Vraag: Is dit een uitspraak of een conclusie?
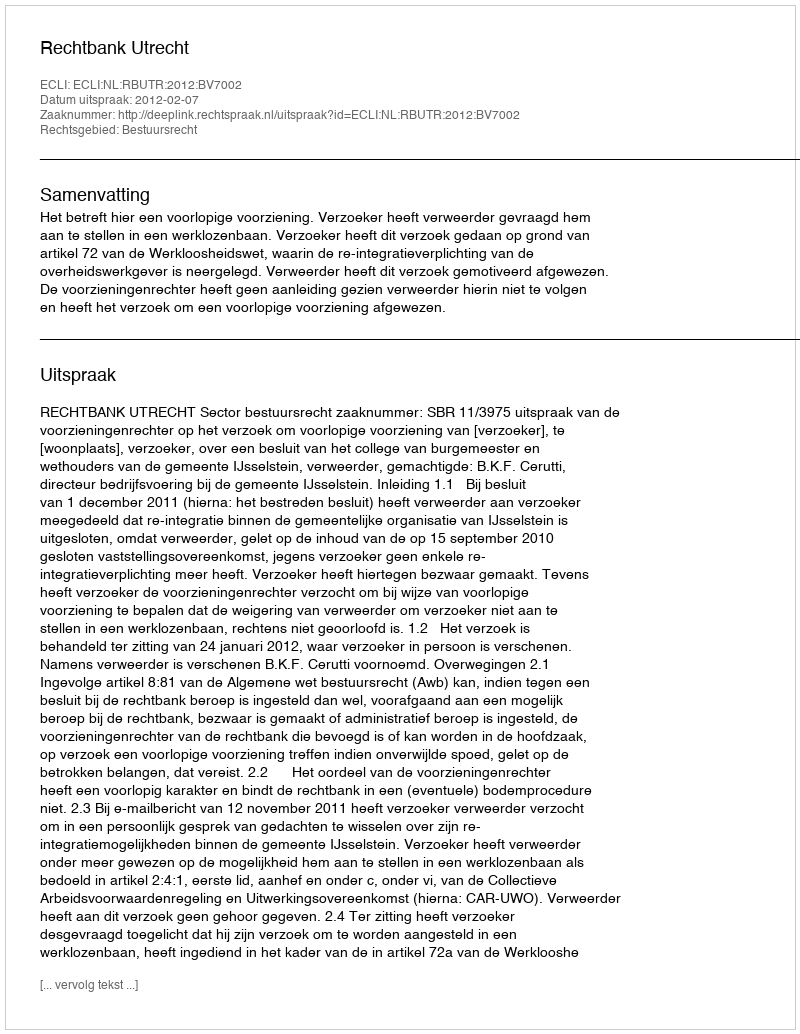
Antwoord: Uitspraak